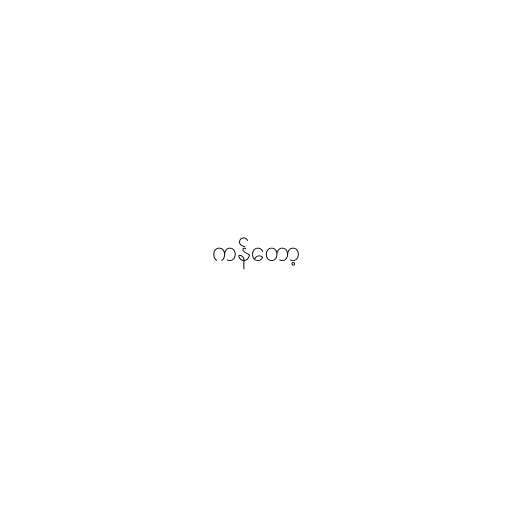
ကန်တော့